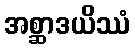
အစ္ဆာဒယိဿံ